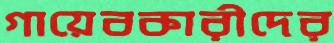
গায়েবকারীদের